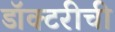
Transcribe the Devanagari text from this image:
डॉक्टरीची